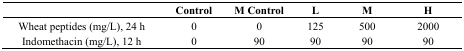
|  | Control | M Control | L | M | H |
 | --- | --- | --- | --- | --- | --- |
 | Wheat peptides (mg/L), 24 h | 0 | 0 | 125 | 500 | 2000 |
 | Indomethacin (mg/L), 12 h | 0 | 90 | 90 | 90 | 90 |